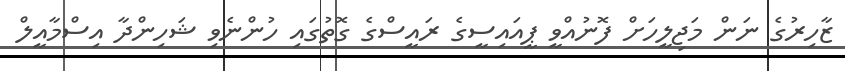
ޒާހިރުގެ ނަން މަޖިލީހަށް ފޮނުއްވީ ޕީއައިސީގެ ރައީސްގެ ގޮތުގައި ހުންނެވި ޝަހިންދާ އިސްމާއީލް